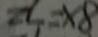
8 x = 7 2